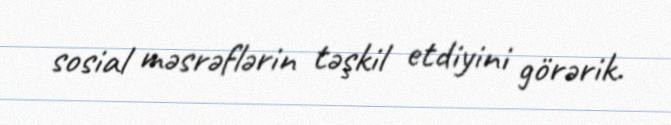
sosial məsrəflərin təşkil etdiyini görərik.